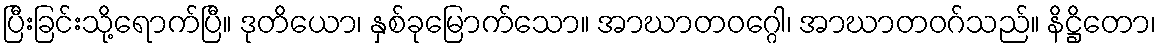
ပြီးခြင်းသို့ရောက်ပြီ။ ဒုတိယော၊ နှစ်ခုမြောက်သော။ အာဃာတဝဂ္ဂေါ၊ အာဃာတဝဂ်သည်။ နိဋ္ဌိတော၊